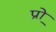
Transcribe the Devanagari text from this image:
प्रो़